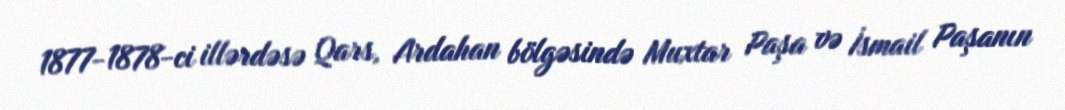
1877-1878-ci illərdəsə Qars, Ardahan bölgəsində Muxtar Paşa və İsmail Paşanın